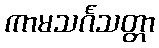
ကာမသင်္ဂသတ္တာ